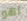
اهو